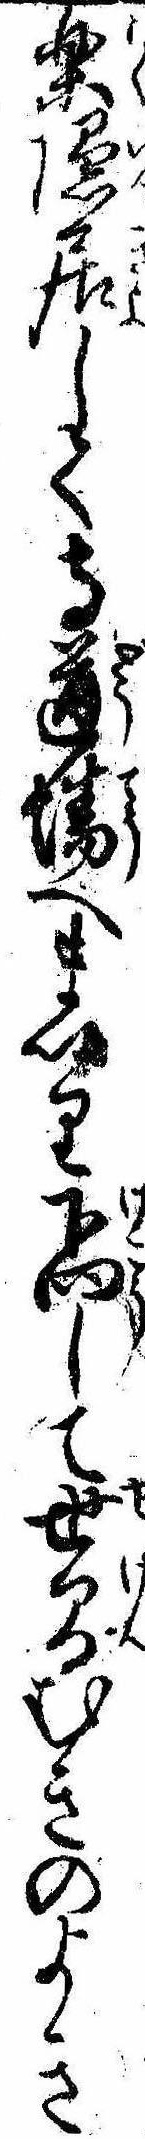
楽隠居して寺道場へまいり下向して世間むきのよき